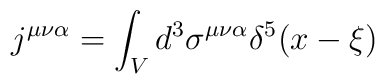
j^{\mu\nu\alpha} = \int_V d^3 \sigma^{\mu\nu\alpha} \delta^5 (x - \xi)